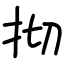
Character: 𢪃